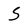
Character: 5